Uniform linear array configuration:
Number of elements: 48
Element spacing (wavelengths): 0.75
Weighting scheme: hann
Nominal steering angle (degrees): -30
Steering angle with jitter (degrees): -30.464
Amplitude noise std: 0.05
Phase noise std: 0.05

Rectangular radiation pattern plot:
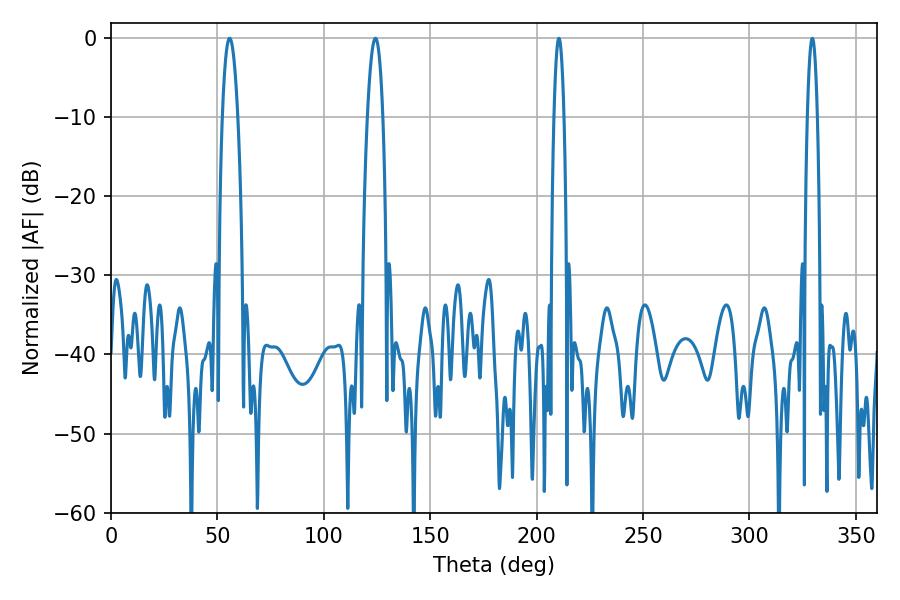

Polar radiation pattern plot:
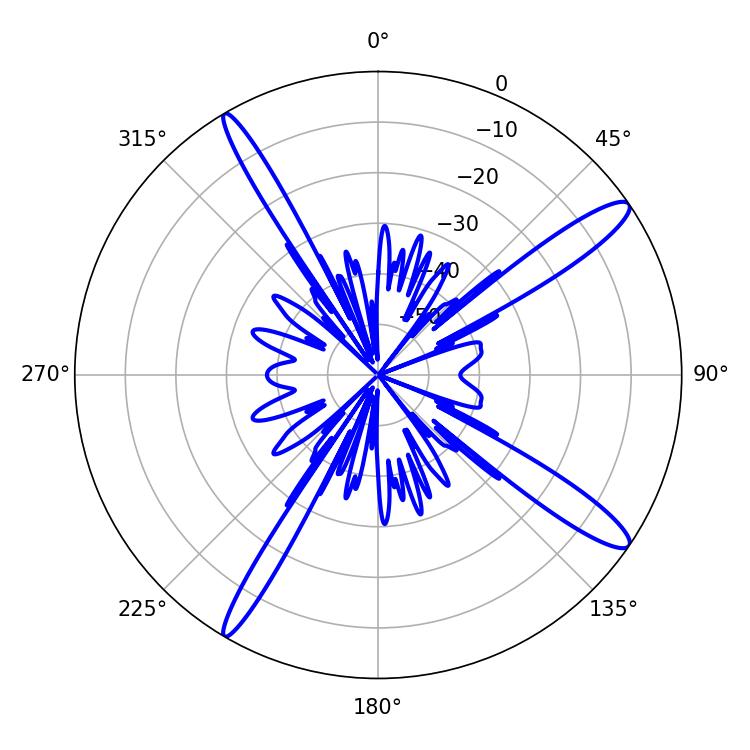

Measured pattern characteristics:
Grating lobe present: TRUE
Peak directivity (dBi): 14.231
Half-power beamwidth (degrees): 2.52
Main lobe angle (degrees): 210.42